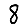
Digit: 8